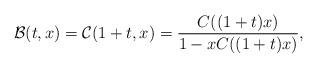
LaTeX: \begin{align*} \mathcal{B}(t,x) = \mathcal{C}(1+t, x) = \frac{C((1+t)x)}{1-xC((1+t)x)},\end{align*}